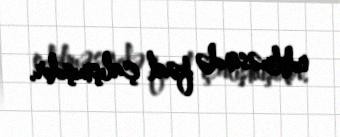
edilməsində fəal çalışmışdır.